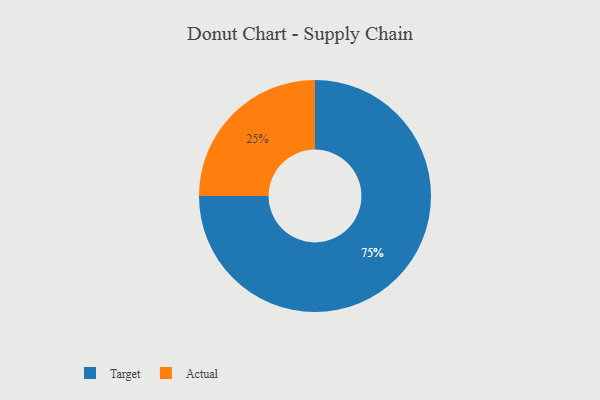
{"axis": {"x": "Category", "y": "Percentage"}, "legend": ["Actual", "Target"], "data": [{"x": "Target", "y": 75, "type": "Target"}, {"x": "Actual", "y": 25, "type": "Actual"}]}